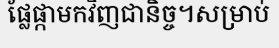
ផ្លែផ្កាមកវិញជានិច្ច។សម្រាប់